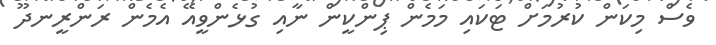
ވެސް މިކަން ކުރުމަށް ޓަކައި މަމެން ޕިންކީން ނާއި ގުޅެންވީއޭ އެމެން ރަންރީނދޫ